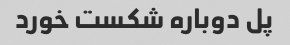
پل دوباره شکست خورد